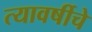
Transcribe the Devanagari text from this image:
त्यावर्षीचे